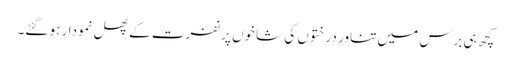
کچھ ہی برس میں تناور درختوں کی شاخوں پر نفرت کے پھل نمودار ہو گئے۔